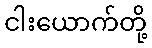
ငါးယောက်တို့